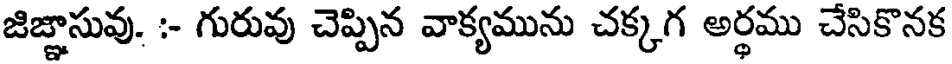
జిజ్ఞాసువు. :- గురువు చెప్పిన వాక్యమును చక్కగ అర్థము చేసికొనక